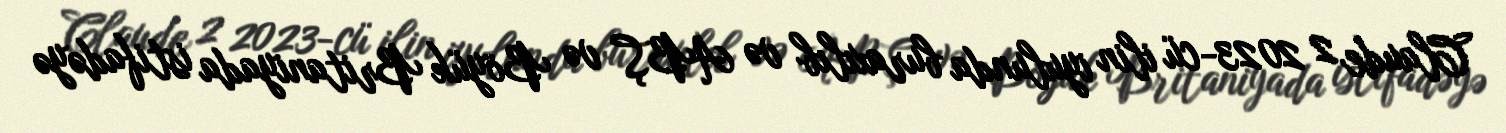
Claude 2 2023-cü ilin iyulunda buraxılıb və ABŞ və Böyük Britaniyada istifadəyə